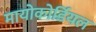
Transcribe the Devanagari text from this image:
मायोकोर्डियल